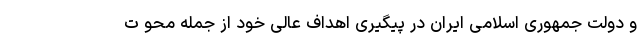
و دولت جمهوری اسلامی ایران در پیگیری اهداف عالی خود از جمله محو ت